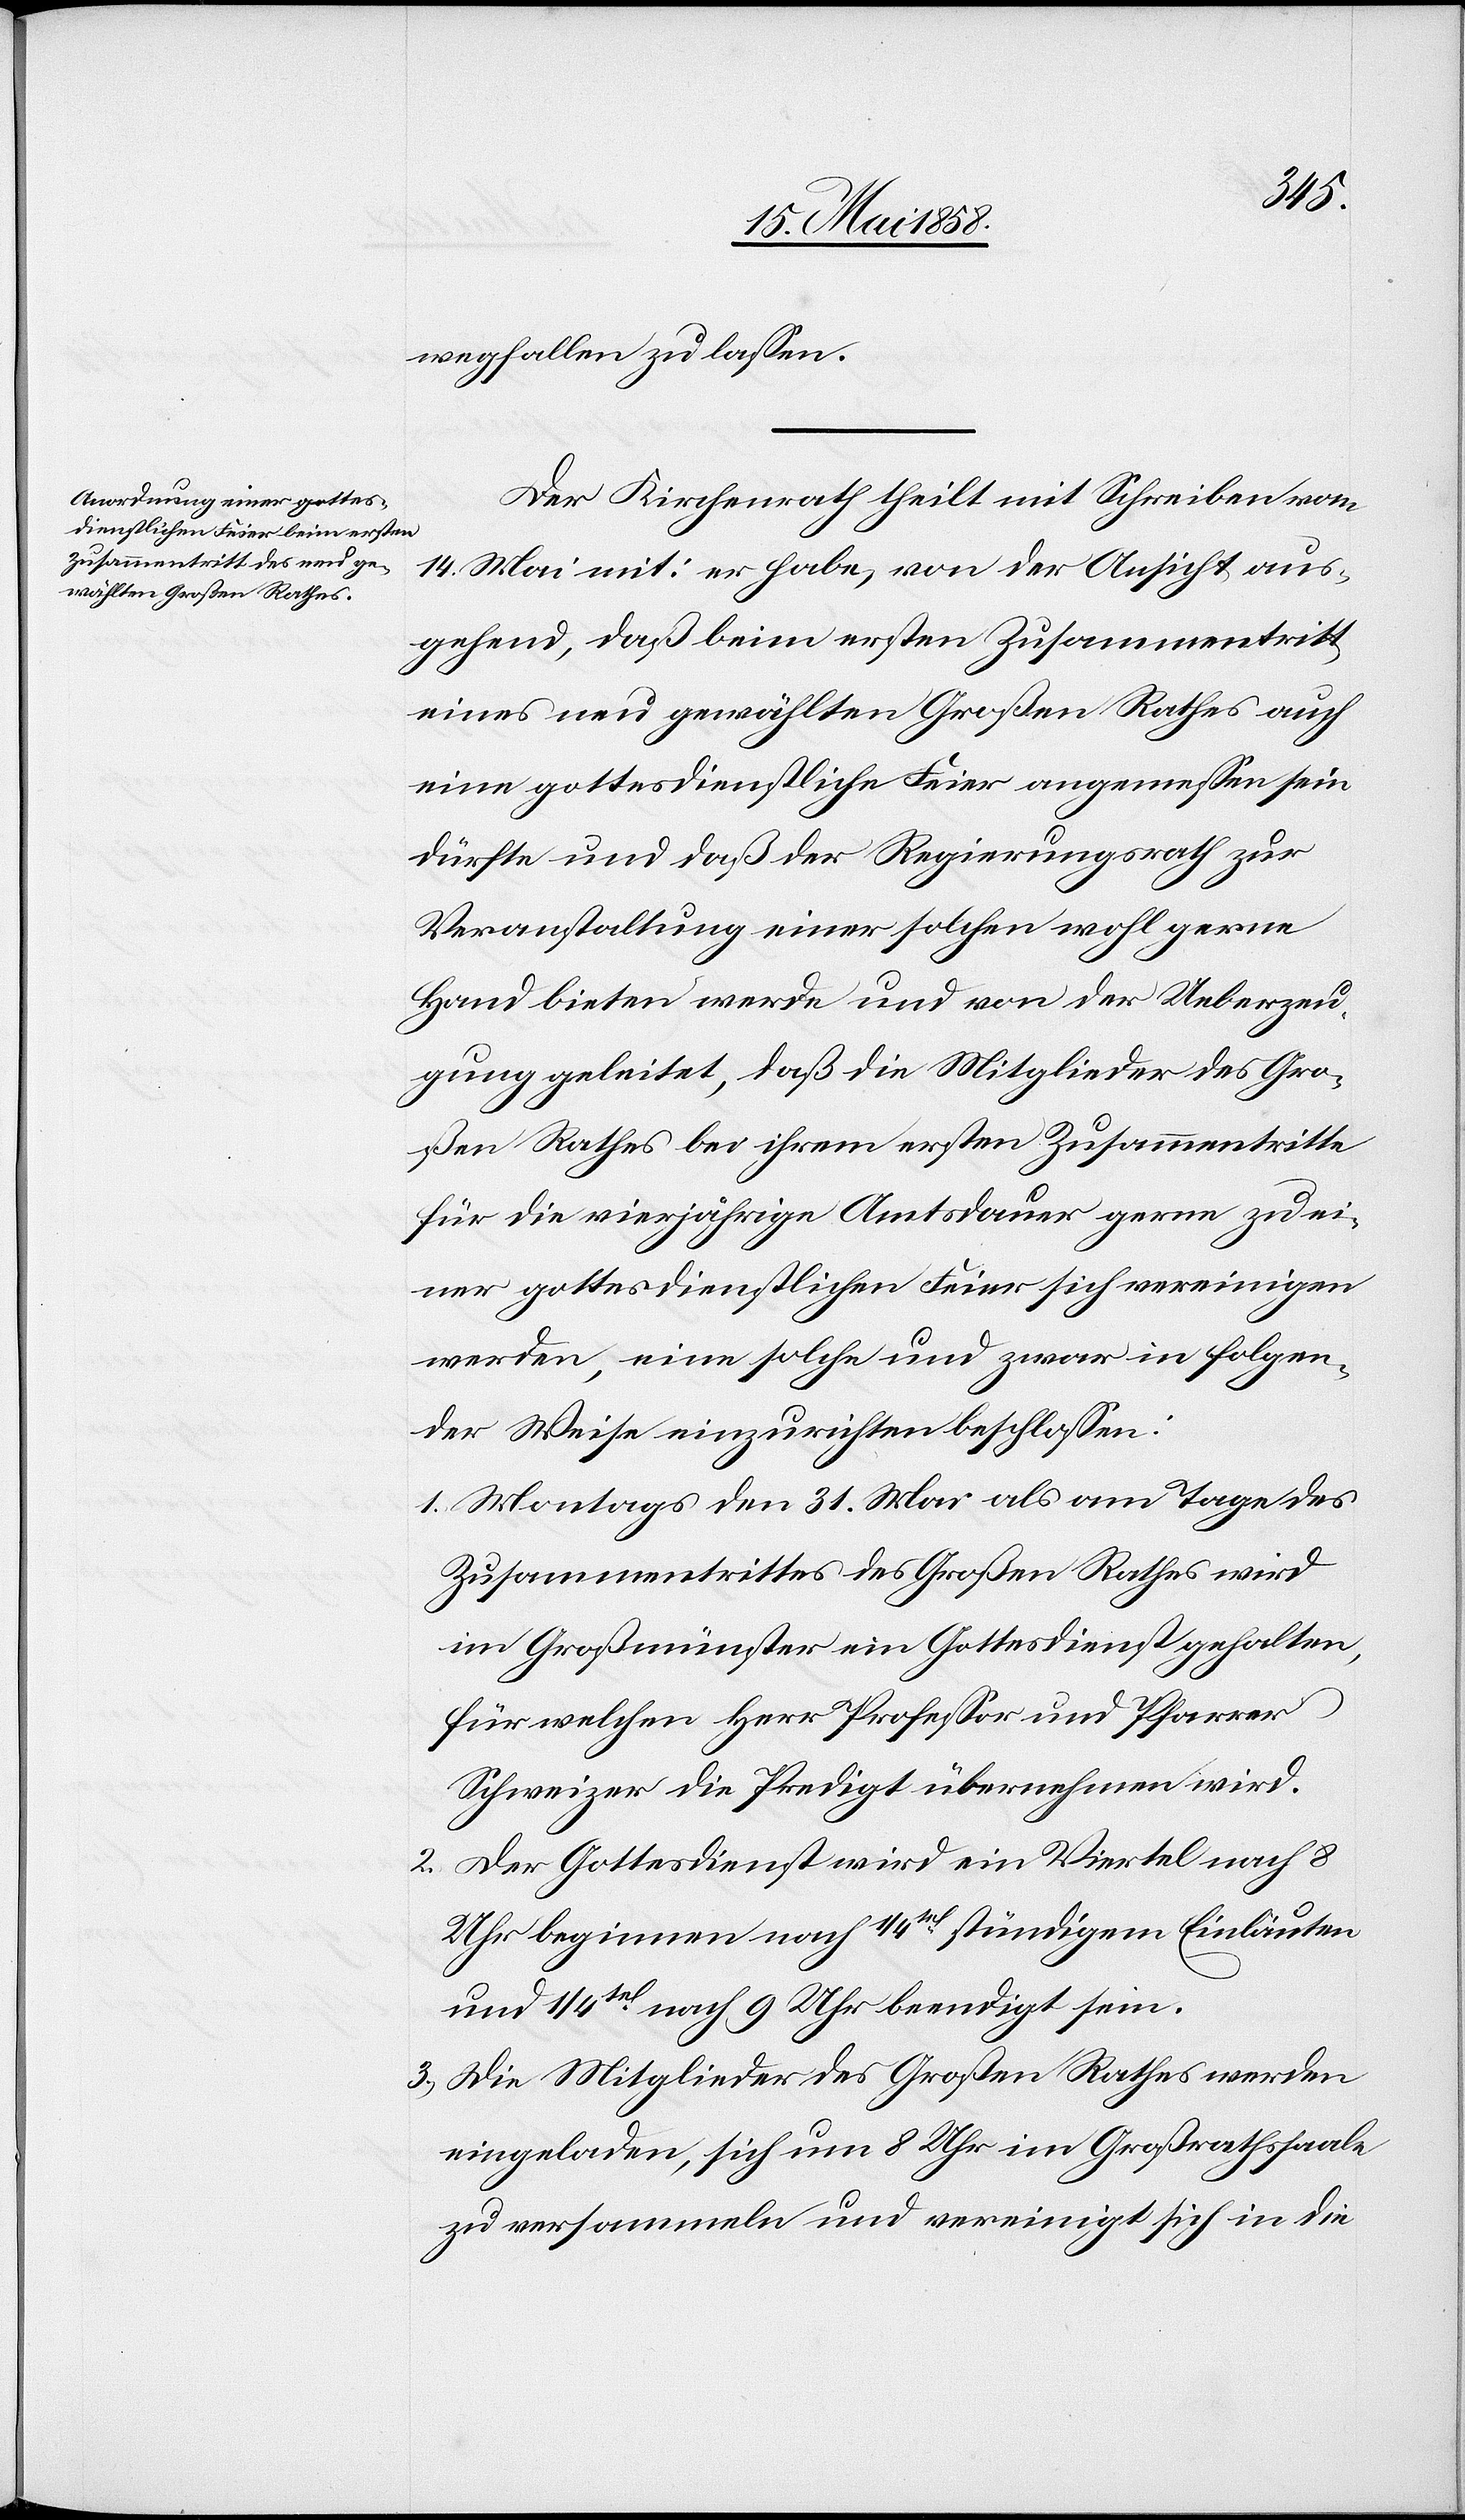
wegfallen zu lassen.
Der Kirchenrath theilt mit Schreiben vom
14. Mai mit: er habe, von der Ansicht aus¬
gehend, daß beim ersten Zusammentritt
eines neu gewählten Großen Rathes auch
eine gottesdienstliche Feier angemessen sein
dürfte und daß der Regierungsrath zur
Veranstaltung einer solchen wohl gerne
Hand bieten werde und von der Ueberzeu¬
gung geleitet, daß die Mitglieder des Gro¬
ßen Rathes bei ihrem ersten Zusammentritte
für die vierjährige Amtsdauer gerne zu ei¬
ner gottesdienstlichen Feier sich vereinigen
werden, eine solche und zwar in folgen¬
der Weise einzurichten beschlossen:
1. Montags den 31. Mai als am Tage des
Zusammentrittes des Großen Rathes wird
im Großmünster ein Gottesdienst gehalten,
für solchen Herr Professor und Pfarrer
Schweizer die Predigt übernehmen wird.
2. Der Gottesdienst wird ein Viertel nach 8
Uhr beginnen nach 1/4tel stündigem Einläuten
und 1/4tel nach 9 Uhr beendigt sein.
3. Die Mitglieder des Großen Rathes werden
eingeladen, sich um 8 Uhr im Großrathssaale
zu versammeln und vereinigt sich in die